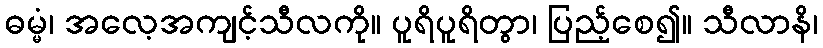
ဓမ္မံ၊ အလေ့အကျင့်သီလကို။ ပူရိပူရိတွာ၊ ပြည့်စေ၍။ သီလာနိ၊